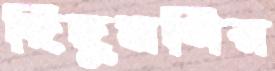
দিদুমণির